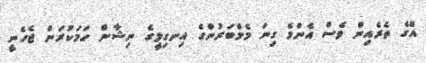
އޭގެ ތެރެއިން ވެސް އެންމެ ގިނަ މެމްބަރުންގެ އިނގިލީގެ ނިޝާން ހަމަކުރަން ޖެހެނީ